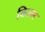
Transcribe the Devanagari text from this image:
किल्ल